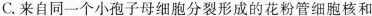
C.来自同一个小孢子母细胞分裂形成的花粉管细胞核和